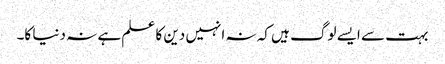
بہت سے ایسے لوگ ہیں کہ نہ انہیں دین کا علم ہے نہ دنیا کا۔